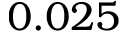
0 . 0 2 5